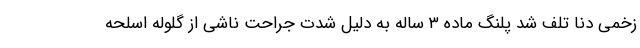
زخمی دنا تلف شد پلنگ ماده ۳ ساله به دلیل شدت جراحت ناشی از گلوله اسلحه